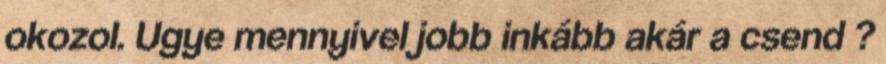
okozol. Ugye mennyivel jobb inkább akár a csend ?